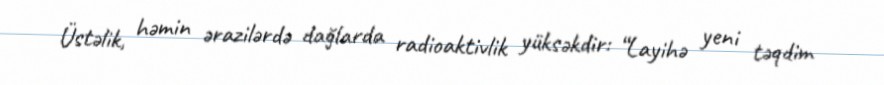
Üstəlik, həmin ərazilərdə dağlarda radioaktivlik yüksəkdir: “Layihə yeni təqdim